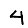
Digit: 4